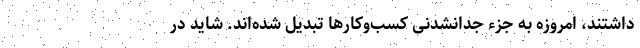
داشتند، امروزه به جزء جدانشدنی کسب‌وکارها تبدیل شده‌اند. شاید در